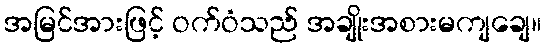
အမြင်အားဖြင့် ဝက်ဝံသည် အချိုးအစားမကျချေ။